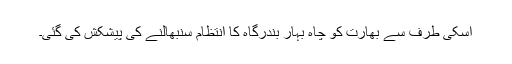
اسکی طرف سے بھارت کو چاہ بہار بندرگاہ کا انتظام سنبھالنے کی پیشکش کی گئی۔